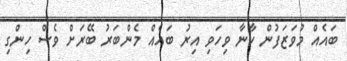
ބައެއް މުވަޒަފުން ކާނާ ވިހަވި އިރު ބައެއް މެންބަރު ބޭރަށް ވެސް ހިންގި